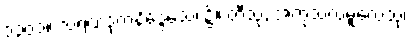
၁၃၀၁။ သရဏဒုကနိဒ္ဒေသေ၊ ၌။ တီသု, အကုသလမူလေသု၊